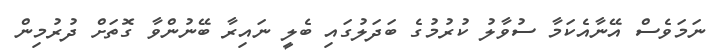
ނަމަވެސް އޭނާއެކަމާ ސުވާލު ކުރުމުގެ ބަދަލުގައި ބެލީ ނައިރާ ބޭނުންވާ ގޮތަށް ދުރުމިން